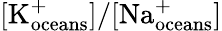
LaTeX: [\textrm{K}_{\textrm{oceans}}^{+}]/[\textrm{Na}_{\textrm{oceans}}^{+}]